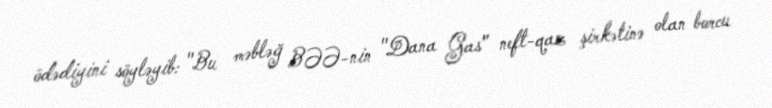
ödədiyini söyləyib: "Bu məbləğ BƏƏ-nin "Dana Gas" neft-qaz şirkətinə olan borcu